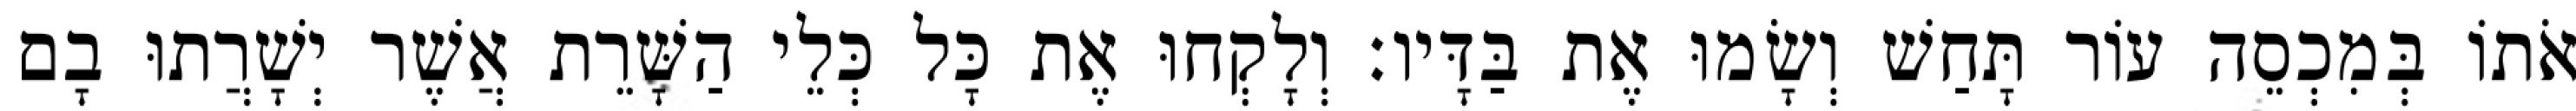
אֹתוֹ בְּמִכְסֵה עוֹר תָּחַשׁ וְשָׂמוּ אֶת בַּדָּיו׃ וְלָקְחוּ אֶת כָּל כְּלֵי הַשָּׁרֵת אֲשֶׁר יְשָׁרֲתוּ בָם